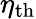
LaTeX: \eta_{\mathrm{{th}}}